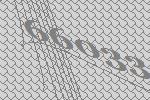
66033